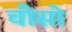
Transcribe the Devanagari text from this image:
चीसो